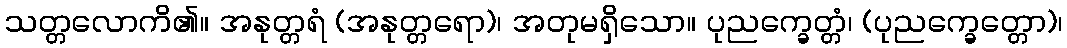
သတ္တလောကိ၏။ အနုတ္တရံ (အနုတ္တရော)၊ အတုမရှိသော။ ပုညက္ခေတ္တံ၊ (ပုညက္ခေတ္တော)၊